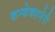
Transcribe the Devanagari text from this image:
कन्फेक्शनेरी